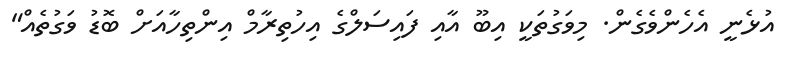
އުޅެނީ އެހެންވެގެން. މިވަގުތަކީ އިބޫ އާއި ފައިސަލްގެ އިހުތިރާމް އިންތިހާއަށް ބޮޑު ވަގުތެއް"